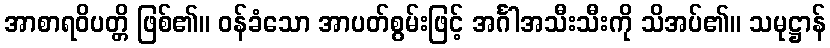
အာစာရဝိပတ္တိ ဖြစ်၏။ ဝန်ခံသော အာပတ်စွမ်းဖြင့် အင်္ဂါအသီးသီးကို သိအပ်၏။ သမုဋ္ဌာန်